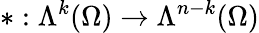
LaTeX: \ast:\Lambda^{k}(\Omega)\to\Lambda^{n-k}(\Omega)